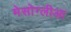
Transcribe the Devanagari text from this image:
मेसोग्लीआ